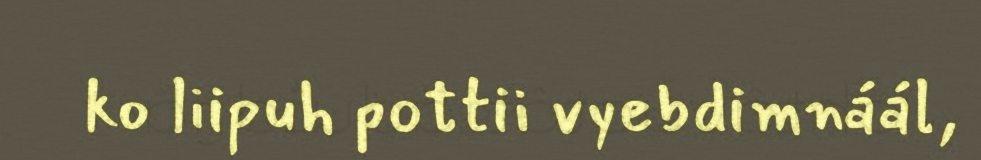
ko liipuh pottii vyebdimnáál,